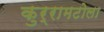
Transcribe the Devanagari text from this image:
कुर्रामटोला